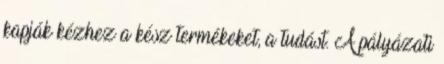
kapják kézhez a kész termékeket, a tudást. A pályázati